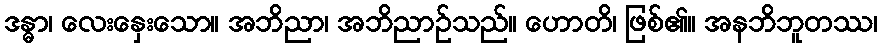
ဒန္ဓာ၊ လေးနှေးသော။ အဘိညာ၊ အဘိညာဉ်သည်။ ဟောတိ၊ ဖြစ်၏။ အနဘိဘူတဿ၊